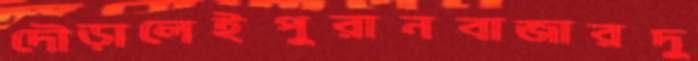
দৌড়ালেইপুরানবাজারদু